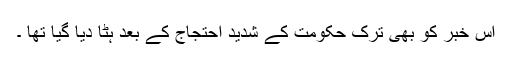
اس خبر کو بھی ترک حکومت کے شدید احتجاج کے بعد ہٹا دیا گیا تھا ۔